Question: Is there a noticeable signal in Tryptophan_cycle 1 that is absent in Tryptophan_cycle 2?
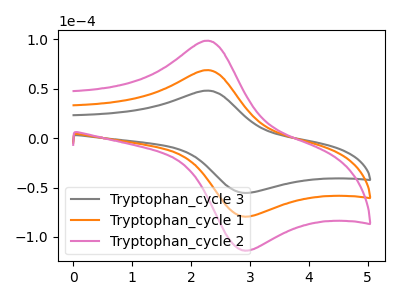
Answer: <think>The gray curve "Tryptophan_cycle 3" has an anodic peak at (2.25V, 48.00uA) and a cathodic peak at (2.85V, -55.30uA). The orange curve "Tryptophan_cycle 1" has an anodic peak at (2.25V, 68.80uA) and a cathodic peak at (2.85V, -79.20uA). The pink curve "Tryptophan_cycle 2" has an anodic peak at (2.25V, 137.60uA) and a cathodic peak at (2.85V, -158.40uA).
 All the peaks in "Tryptophan_cycle 1" have a peak in "Tryptophan_cycle 2" at the same potential. Every peak in "Tryptophan_cycle 1" is lower than every peak in "Tryptophan_cycle 2".</think>
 <answer>No, "Tryptophan_cycle 1" and "Tryptophan_cycle 2" don't appear to be significantly different in shape</answer>
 <eval>no_change</eval>